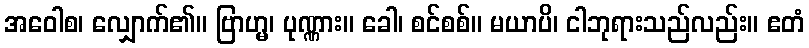
အဝေါစ၊ လျှောက်၏။ ဗြာဟ္မ၊ ပုဏ္ဏား။ ခေါ၊ စင်စစ်။ မယာပိ၊ ငါဘုရားသည်လည်း။ ဧတံ